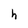
Character: h